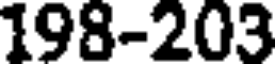
198-203